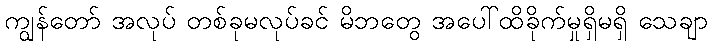
ကျွန်တော် အလုပ် တစ်ခုမလုပ်ခင် မိဘတွေ အပေါ်ထိခိုက်မှုရှိမရှိ သေချာ